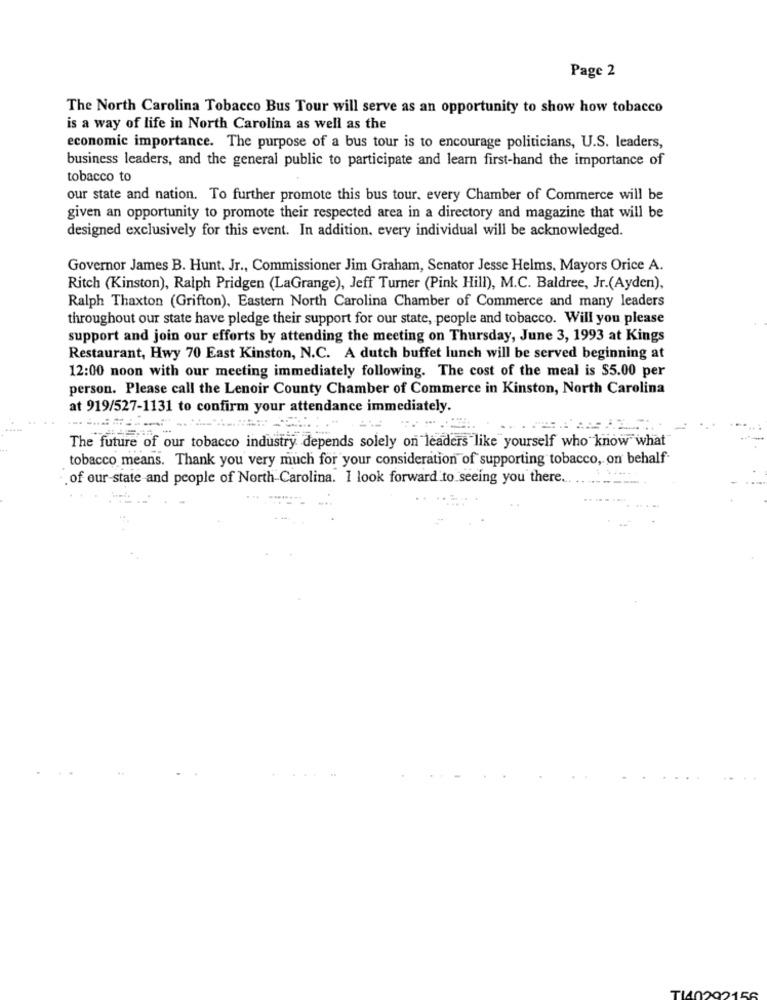
Page 2
The North Carolina Tobacco Bus Tour will serve as an opportunity to show how tobacco
is a way of life in North Carolina as well as the
economic importance. The purpose of a bus tour is to encourage politicians, U.S. leaders,
business leaders, and the general public to participate and learn first-hand the importance of
tobacco to
our state and nation. To further promote this bus tour. every Chamber of Commerce will be
given an opportunity to promote their respected area in a directory and magazine that will be
designed exclusively for this event. In addition. every individual will be acknowledged.
Governor James B. Hunt, Jr ., Commissioner Jim Graham, Senator Jesse Helms. Mayors Orice A.
Ritch (Kinston), Ralph Pridgen (LaGrange), Jeff Turner (Pink Hill), M.C. Baldree, Jr.(Ayden),
Ralph Thaxton (Grifton), Eastern North Carolina Chamber of Commerce and many leaders
throughout our state have pledge their support for our state, people and tobacco. Will you please
support and join our efforts by attending the meeting on Thursday, June 3, 1993 at Kings
Restaurant, Hwy 70 East Kinston, N.C. A dutch buffet lunch will be served beginning at
12:00 noon with our meeting immediately following. The cost of the meal is $5.00 per
person. Please call the Lenoir County Chamber of Commerce in Kinston, North Carolina
at 919/527-1131 to confirm your attendance immediately.
The future of our tobacco industry depends solely on leaders like yourself who know what
tobacco means. Thank you very much for your consideration of supporting tobacco, on behalf
. of our state and people of North Carolina. I look forward to seeing you there.